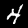
Label: 4